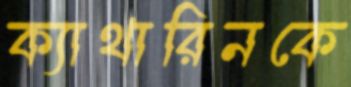
ক্যাথারিনকে